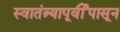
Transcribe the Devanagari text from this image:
स्वातंत्र्यापूर्वीपासून